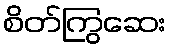
စိတ်ကြွဆေး